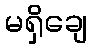
မရှိချေ